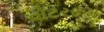
વોટરરૂમ